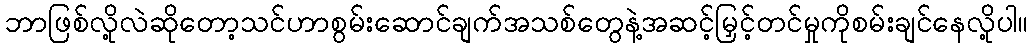
ဘာဖြစ်လို့လဲဆိုတော့သင်ဟာစွမ်းဆောင်ချက်အသစ်တွေနဲ့အဆင့်မြှင့်တင်မှုကိုစမ်းချင်နေလို့ပါ။